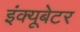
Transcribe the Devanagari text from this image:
इंक्यूबेटर